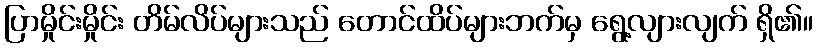
ပြာမှိုင်းမှိုင်း တိမ်လိပ်များသည် တောင်ထိပ်များဘက်မှ ရွေ့လျားလျက် ရှိ၏။